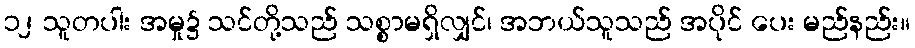
၁၂ သူတပါး အမှု၌ သင်တို့သည် သစ္စာမရှိလျှင်၊ အဘယ်သူသည် အပိုင် ပေး မည်နည်း။